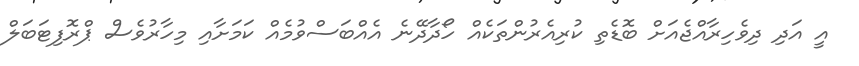
އީ އަދި ދިވެހިރާއްޖެއަށް ބޮޑެތި ކުރިއެރުންތަކެއް ހޯދާދޭނެ އެއްބަސްވުމެއް ކަމަށާއި މިހާރުވެސް ޕްރޮފިޓަބަލް